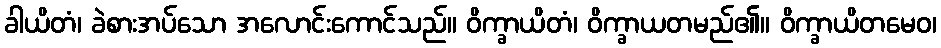
ခါယိတံ၊ ခဲစားအပ်သော အလောင်းကောင်သည်။ ဝိက္ခာယိတံ၊ ဝိက္ခာယတမည်၏။ ဝိက္ခာယိတမေဝ၊